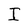
Character: I